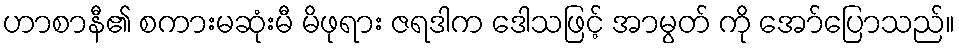
ဟာစာနီ၏ စကားမဆုံးမီ မိဖုရား ဇရဒါက ဒေါသဖြင့် အာမွတ် ကို အော်ပြောသည်။